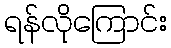
ရန်လိုကြောင်း